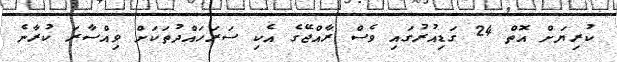
ކުރިޔަށް އޮތް 24 ގަޑިއުރުގައި ވެސް ރާއްޖޭގެ އެކި ސަރަހައްދުތަކަށް ވިއްސާރަ ކުރާނެ